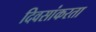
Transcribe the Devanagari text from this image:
दिवसांकरता